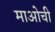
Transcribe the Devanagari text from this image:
माओची